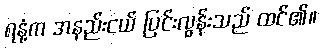
ရနံ့က အနည်းငယ် ပြင်းလွန်းသည် ထင်၏။